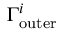
\Gamma _ { \mathrm { { o u t e r } } } ^ { i }